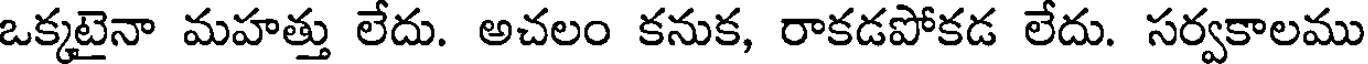
ఒక్కటైనా మహత్తు లేదు. అచలం కనుక, రాకడపోకడ లేదు. సర్వకాలము